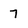
Character: 7